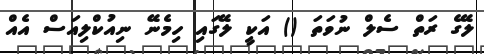
ލޭގެ ރަތް ސެލް ނުވަތަ () އަކީ ލޭގައި ހިމެނޭ ނިއުކްލިއަސް އެއް